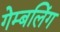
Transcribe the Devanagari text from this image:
गेम्बलिंग